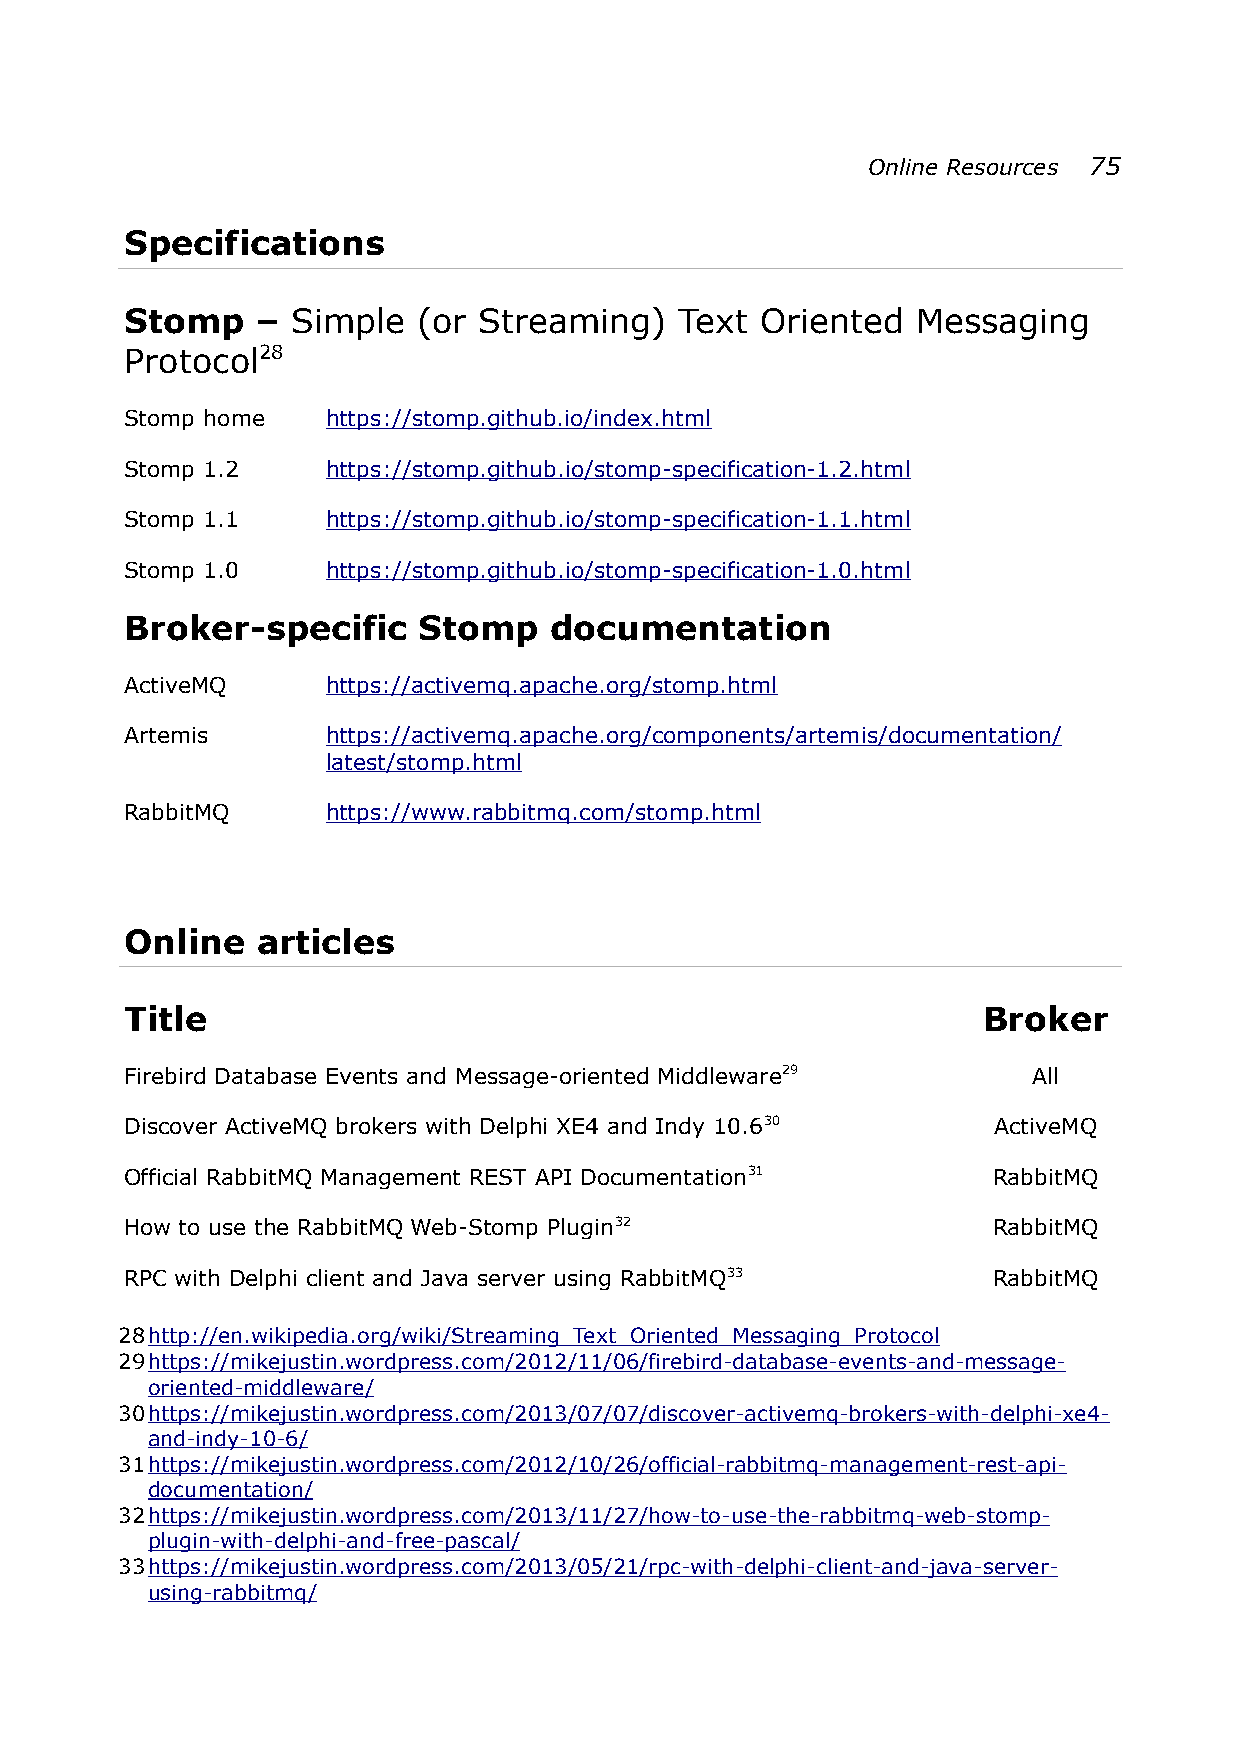
Online Resources 75
 Specifications
 Stomp    – Simple   (or Streaming)   Text Oriented   Messaging
 Protocol28
 Stomp home    https://stomp.github.io/index.html
 Stomp 1.2     https://stomp.github.io/stomp-specification-1.2.html
 Stomp 1.1     https://stomp.github.io/stomp-specification-1.1.html
 Stomp 1.0     https://stomp.github.io/stomp-specification-1.0.html
 Broker-specific     Stomp   documentation
 ActiveMQ      https://activemq.apache.org/stomp.html
 Artemis       https://activemq.apache.org/components/artemis/documentation/
 latest/stomp.html
 RabbitMQ      https://www.rabbitmq.com/stomp.html
 Online   articles
 Title                                                    Broker
 Firebird Database Events and Message-oriented Middleware29  All
 Discover ActiveMQ brokers with Delphi XE4 and Indy 10.630 ActiveMQ
 Official RabbitMQ Management REST API Documentation31     RabbitMQ
 How to use the RabbitMQ Web-Stomp Plugin32                RabbitMQ
 RPC with Delphi client and Java server using RabbitMQ33   RabbitMQ
 28 http://en.wikipedia.org/wiki/Streaming_Text_Oriented_Messaging_Protoco l
 29 https://mikejustin.wordpress.com/2012/11/06/firebird-database-events-and-message-
 oriented-middleware/
 30 https://mikejustin.wordpress.com/2013/07/07/discover-activemq-brokers-with-delphi-xe4-
 and-indy-10-6/
 31 https://mikejustin.wordpress.com/2012/10/26/official-rabbitmq-management-rest-api-
 documentation/
 32 https://mikejustin.wordpress.com/2013/11/27/how-to-use-the-rabbitmq-web-stomp-
 plugin-with-delphi-and-free-pascal/
 33 https://mikejustin.wordpress.com/2013/05/21/rpc-with-delphi-client-and-java-server-
 using-rabbitmq/